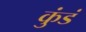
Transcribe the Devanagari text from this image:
कुंडं